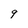
Character: 9